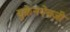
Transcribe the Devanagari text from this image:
युक्रेनऐवजी